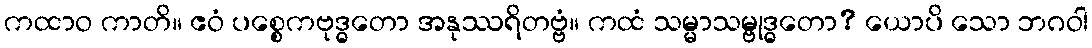
ကထာဝ ကာတိ။ ဧဝံ ပစ္စေကဗုဒ္ဓတော အနုဿရိတဗ္ဗံ။ ကထံ သမ္မာသမ္ဗုဒ္ဓတော? ယောပိ သော ဘဂဝါ